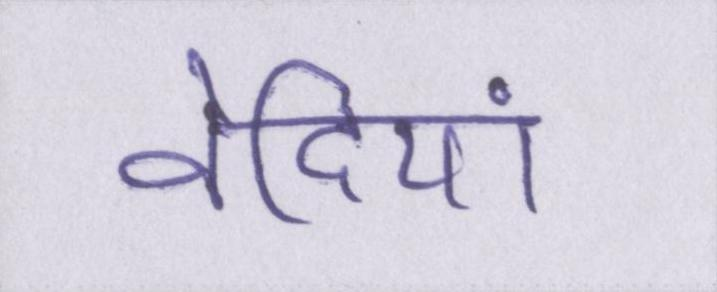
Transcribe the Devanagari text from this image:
वेदियां